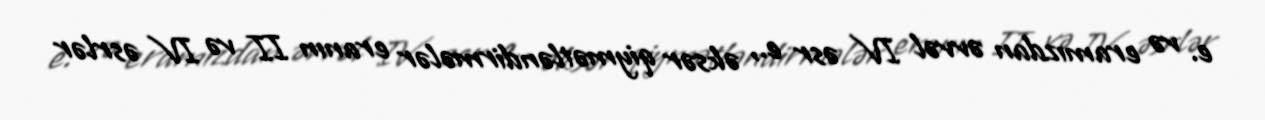
e. və eramızdan əvvəl IV əsr e., əksər qiymətləndirmələr eranın II və IV əsrlər